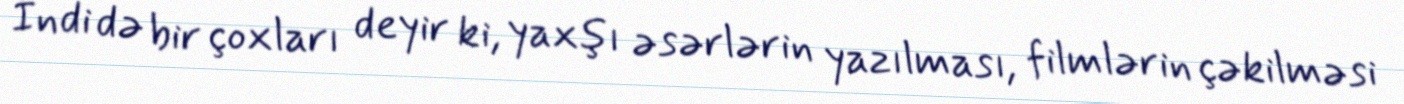
İndi də bir çoxları deyir ki, yaxşı əsərlərin yazılması, filmlərin çəkilməsi